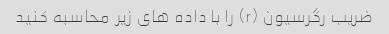
ضریب رگرسیون (r) را با داده های زیر محاسبه کنید